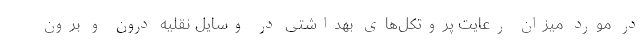
در مورد میزان رعایت پروتکل‌های بهداشتی در وسایل نقلیه درون و برون